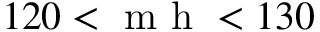
1 2 0 < \mathrm { ~ m ~ h ~ } < 1 3 0